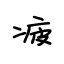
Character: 疲